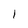
Character: 1